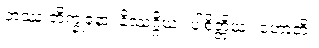
တဿ ဘိက္ခုနော၊ နိဿဂ္ဂိယံ။ ပါစိတ္တိယံ။ ဟောတိ။